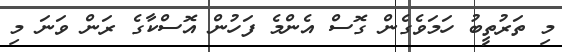
މި ތަރުތީބު ހަމަވެގެން ގޮސް އެންމެ ފަހުން އޮސްކާގެ ރަން ވަނަ މި